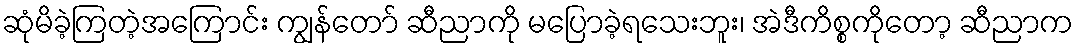
ဆုံမိခဲ့ကြတဲ့အကြောင်း ကျွန်တော် ဆီညာကို မပြောခဲ့ရသေးဘူး၊ အဲဒီကိစ္စကိုတော့ ဆီညာက